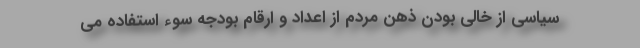
سیاسی از خالی بودن ذهن مردم از اعداد و ارقام بودجه سوء استفاده می